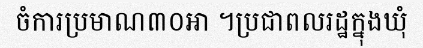
ចំការប្រមាណ៣០អា ។ប្រជាពលរដ្ឋក្នុងឃុំ